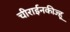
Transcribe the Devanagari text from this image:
चीराईनकीज्हू